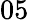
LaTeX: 05